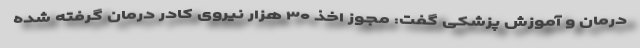
درمان و آموزش پزشکی گفت: مجوز اخذ ۳۰ هزار نیروی کادر درمان گرفته شده